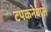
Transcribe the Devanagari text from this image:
टपकनेवाले